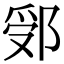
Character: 𨛶